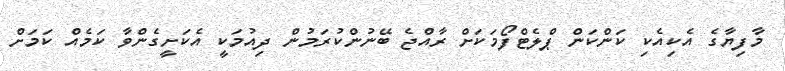
މާފިޔާގެ އެކިއެކި ކަންކަން ޕްލެޓްފޯމަކަށް ރާއްޖެ ބޭނުންކުރަމުން ދިއުމަކީ އެކަށީގެންވާ ކަމެއް ކަމަށް